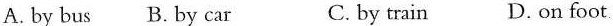
A.by bus B.by car C.by train D.on foot